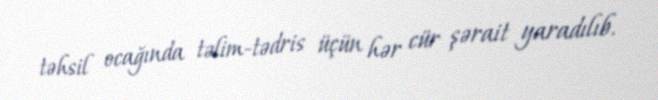
təhsil ocağında təlim-tədris üçün hər cür şərait yaradılıb.